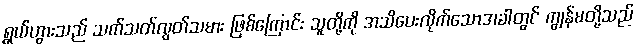
ရွှယ်ဟွားသည် သက်သတ်လွတ်သမား ဖြစ်ကြောင်း သူတို့ကို အသိပေးလိုက်သောအခါတွင် ကျွန်မတို့သည်